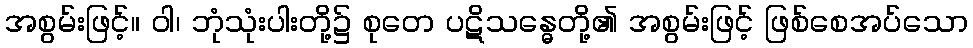
အစွမ်းဖြင့်။ ဝါ၊ ဘုံသုံးပါးတို့၌ စုတေ ပဋိသန္ဓေတို့၏ အစွမ်းဖြင့် ဖြစ်စေအပ်သော